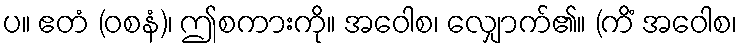
ပ။ ဧတံ (ဝစနံ)၊ ဤစကားကို။ အဝေါစ၊ လျှောက်၏။ (ကိံ အဝေါစ၊